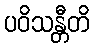
ပဝိသန္တီတိ